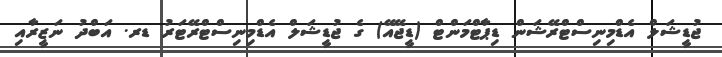
ޖުޑީޝަލް އެޑްމިނިސްޓްރޭޝަން ޑިޕާޓްމަންޓް (ޑީޖޭއޭ) ގެ ޖުޑީޝަލް އެޑްމިނިސްޓްރޭޓަރު ޑރ. އަބްދު ނަޒީރާއި